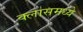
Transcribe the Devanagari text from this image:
क्लासमध्ये